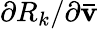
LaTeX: {\partial{R_{k}}/\partial{\mathbf{\bar{v}}}}